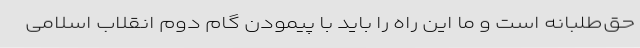
حق‌طلبانه است و ما این راه را باید با پیمودن گام دوم انقلاب اسلامی